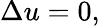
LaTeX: \Delta u=0,